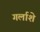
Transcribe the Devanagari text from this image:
गर्लाशे